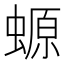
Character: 螈